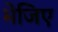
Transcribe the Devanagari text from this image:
भेजिए